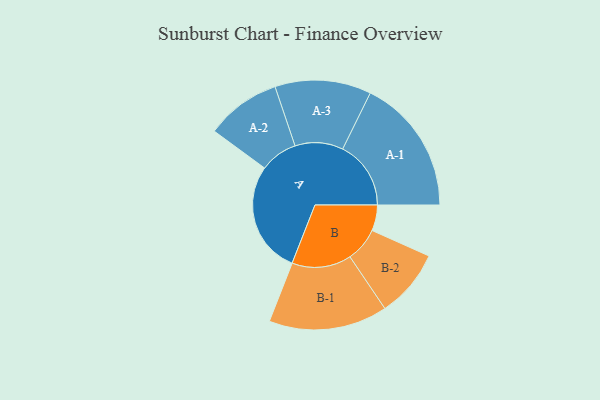
{"axis": {"x": "Segment", "y": "Value"}, "legend": ["", "A", "B"], "data": [{"x": "A", "y": 457, "type": ""}, {"x": "B", "y": 105, "type": ""}, {"x": "A-1", "y": 278, "type": "A"}, {"x": "A-2", "y": 153, "type": "A"}, {"x": "A-3", "y": 196, "type": "A"}, {"x": "B-1", "y": 242, "type": "B"}, {"x": "B-2", "y": 139, "type": "B"}]}